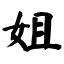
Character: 姐